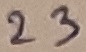
Text: 23